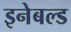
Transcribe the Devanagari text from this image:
इनेबल्ड